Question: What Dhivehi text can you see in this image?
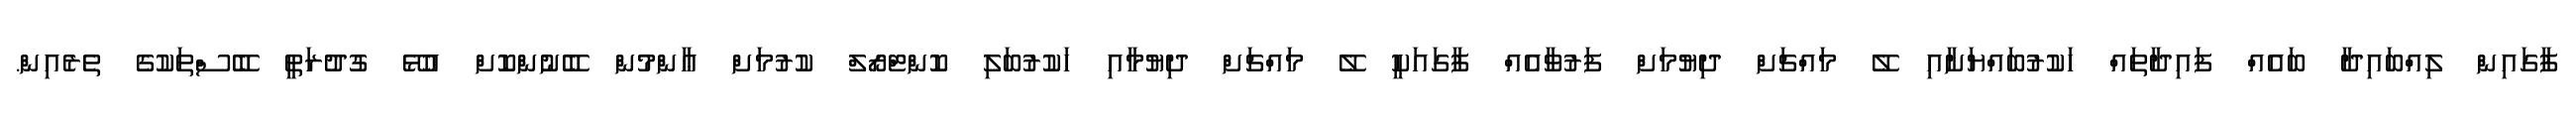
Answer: ފާގައިން ލިއްބައިދާ ބައެއް ފައިދާތައް ހަކުރުބައްޔަށާއި ލޭ މައްޗަށް ދިޔުމަށް ފަރުވާއެއް ފާގައަކީ ލޭ މައްޗަށް ދިޔުމާއި ހަކުރުބަލި ކޮންޓްރޯލް ކުރުމަށް ޢާންމުން ބޭނުންކޮށް އުޅޭ ގުދުރަތީ ބޭސްތަކުގެ ތެރެއިން.